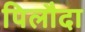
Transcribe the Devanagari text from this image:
पिलौदा